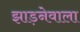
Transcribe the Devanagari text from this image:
झाड़नेवाला